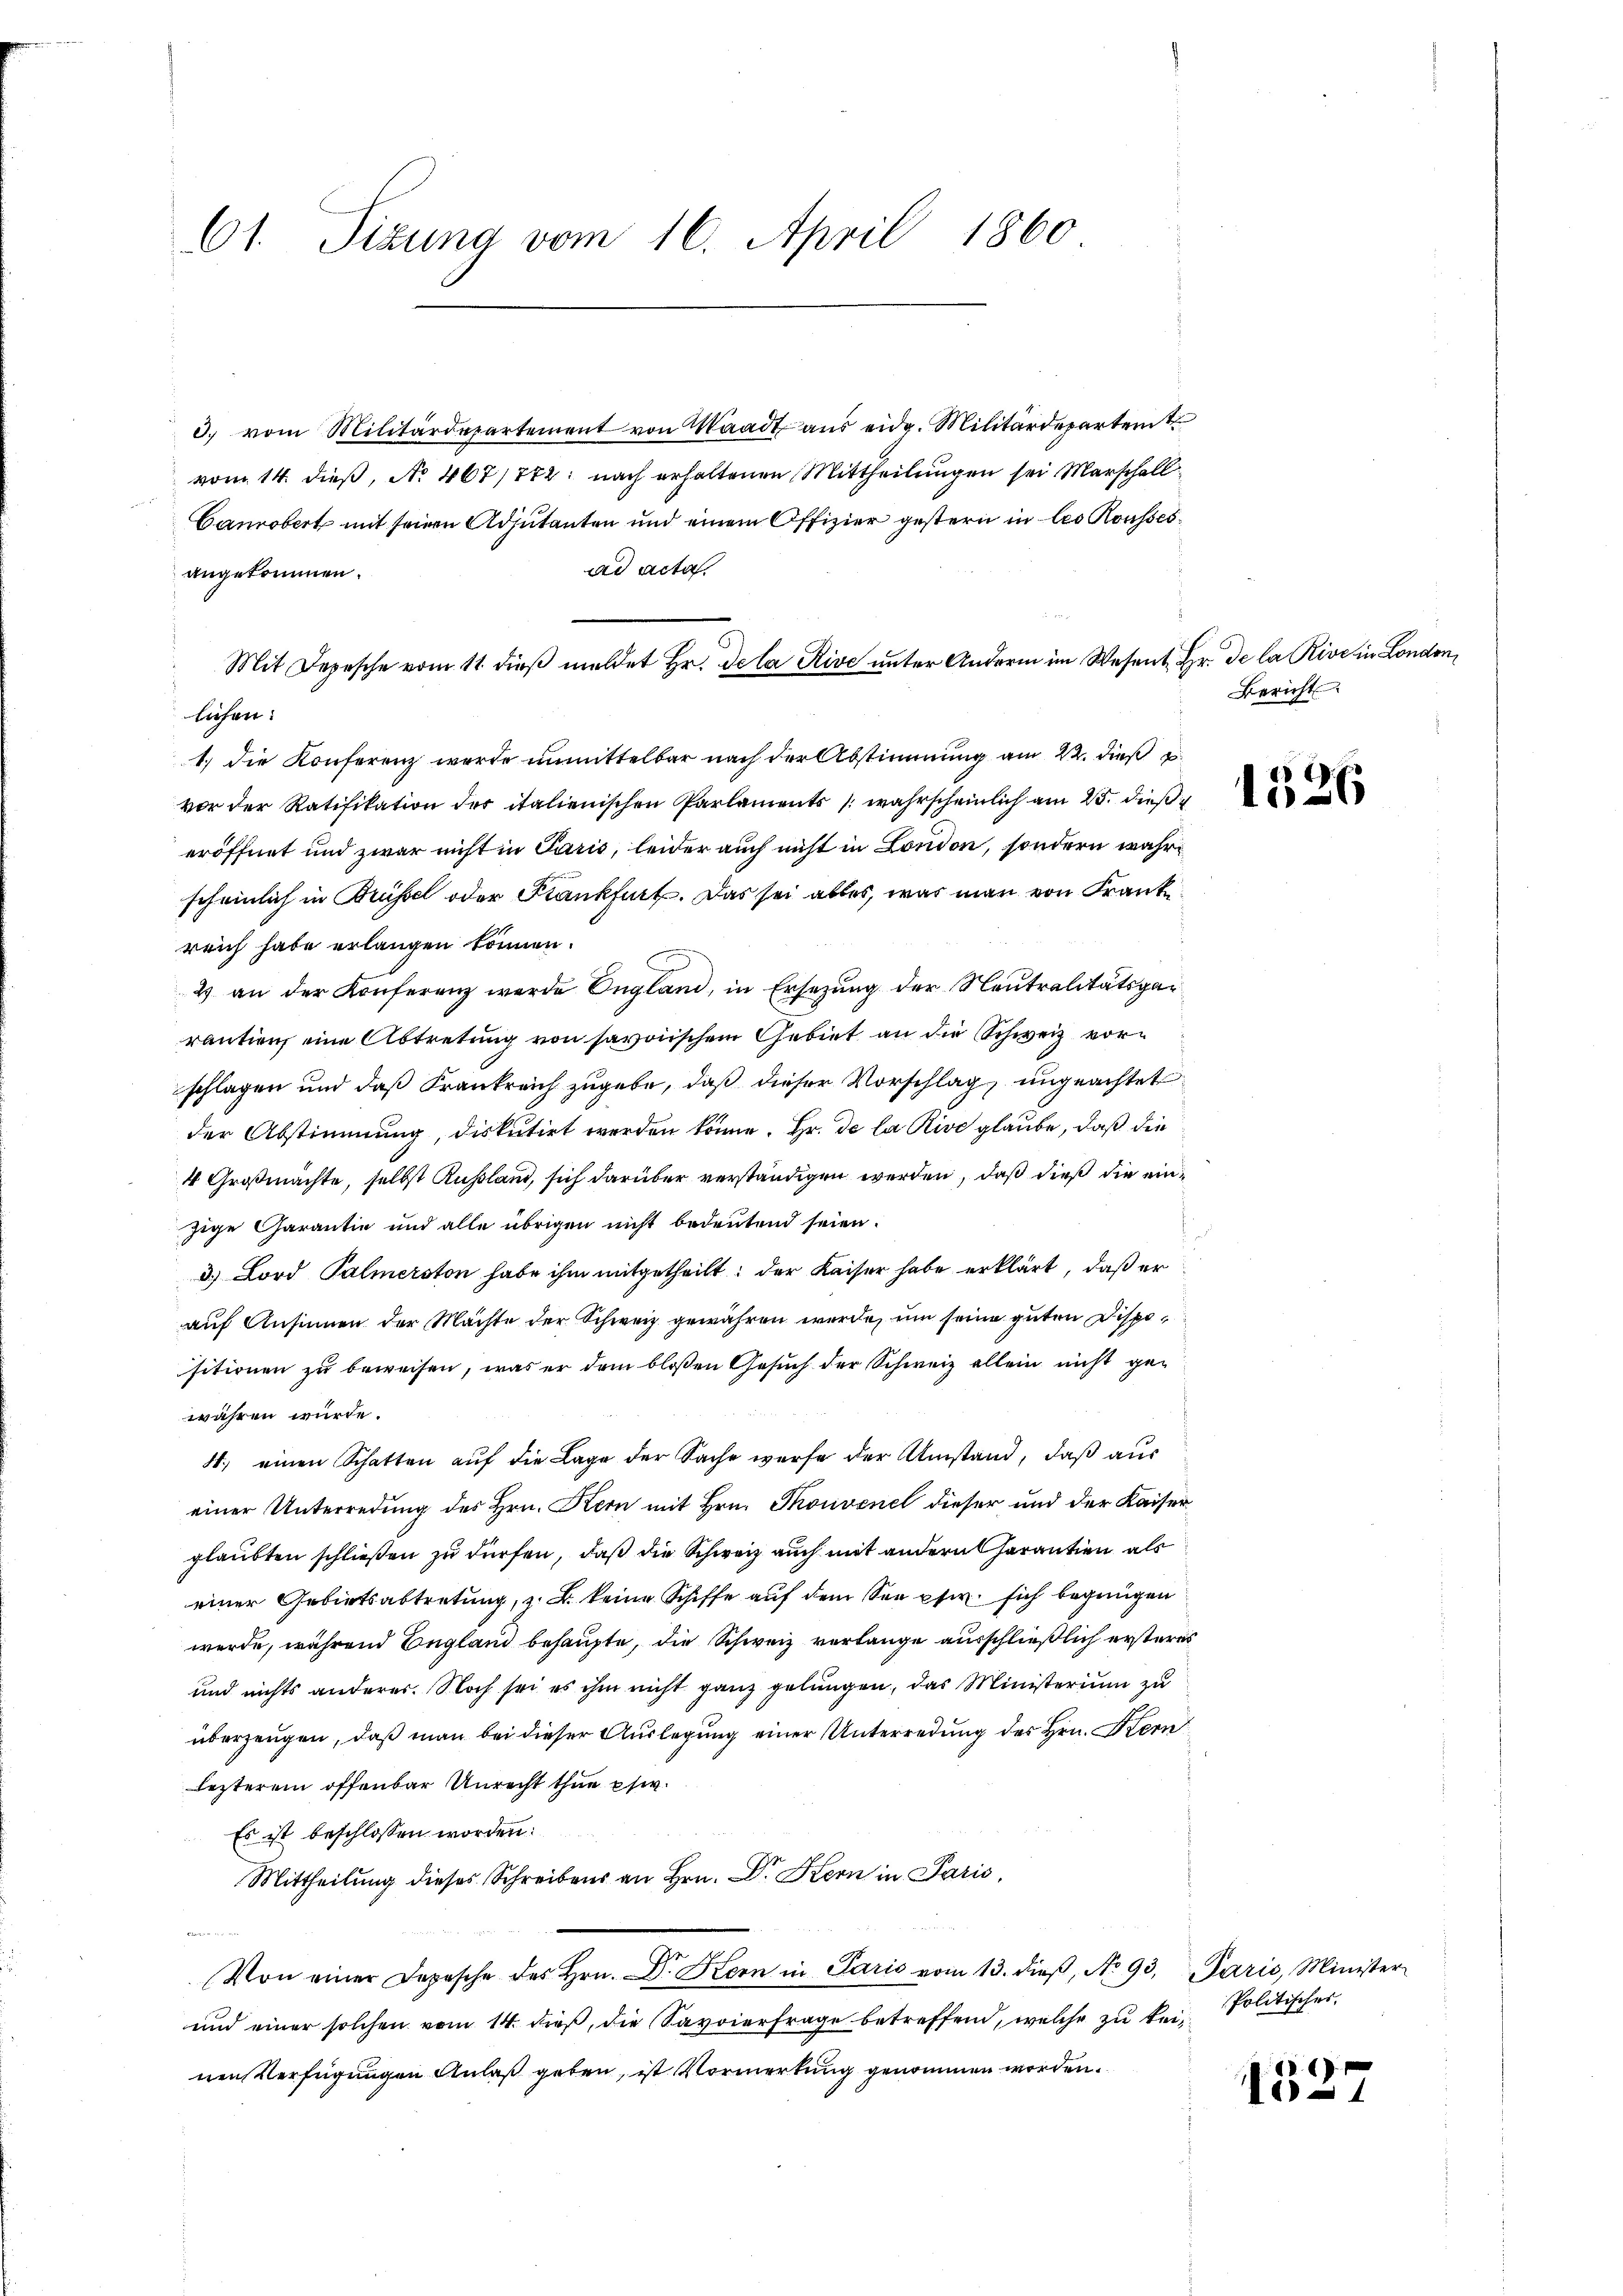
61. Tizung vom 16. April 1860

3. vom Militärdepartement von Waadt aus eidg. Militärdepartent
vom 14. dieß, No 467/772: nach erhaltenen Mittheilungen sei Marschall
Canrobert mit seinen Adjutanten und einem Offizier gestern in les Roussesad acta
angekommen.
Mit Depesche vom 11. dieβ meldet Hr. Dela Rive unter Andern im Wesent. Hr. De la Rive in London,
lichen:
1.) Die Konferenz werde unmittelbar nach der Abstimmung am 22. dieß z
vor der Ratifikation der italienischen Parlaments (wahrscheinlich am 25. dieß
eröffnet und zwar nicht in Paris, leider auch nicht in London, sondern wahrscheinlich in Brüssel oder Krankfurt. Das sei alles, was man von Frankreich habe erlangen können.
2 an der Konferenz werde England, in Ersezung der Neutralitätsgarantien eine Abtretung von savoischem Gebiet an die Schweiz vorschlagen und daß Frankreich zugebe, daß dieser Vorschlag, ungeachtet
der Abstimmung, diskutirt werden könne. Hr. de la Rive glaube, daß die
4 Großmachte, selbst Russland, sich darüber verständigen werden, daß dieß die einzige Garantin und alle übrigen nicht bedeutend seien.
3.) Lord Palmerston habe ihm mitgetheilt; der Kaiser habe erklärt, daß er
auf Ansinnen der Machte der Schweiz gewähren werde, um seine guten Dispositionen zu beweisen, was er dem bloßen Gesuch der Schweiz allein nicht gewähren würde.
4.) einen Schatten auf die Lage der Sache würfe der Umstand, daß aus
einer Unterredung des Hrn. Kern mit Hrn. Thonvenel dieser und der Kaiser
glaubten schließen zu dürfen, daß die Schweiz auch mit andern herantien als
einer Gebietsabtretung, z. B. keine Schiffe auf dem See pfer sich begnügen
werde, während England behaupte, die Schweiz verlange ausschließlich ersteres
und nichts anderer. Noch sei es ihm nicht ganz gelungen, das Ministerium zu
überzeugen, daß man bei dieser Auslegung einer Unterredung des Hrn. Kern
lezterem offenbar Unrecht thue psi.
Es ist beschlossen worden:
Mittheilung dieses Schreibens an Hrn. Dr. Kern in Paris,
Von einer Depesche des Hrn. Dr. Kern in Paris vom 13. dieβ, No 93. Paris, Minister-
und einer solchen vom 14. dieß, die Savoierfrage betreffend, welche zu kein
nen Verfügungen Anlaß geben, ist Vormerkung genommen worden.

Bericht

1026

Politisches,

.
1